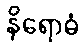
နိရောဓံ